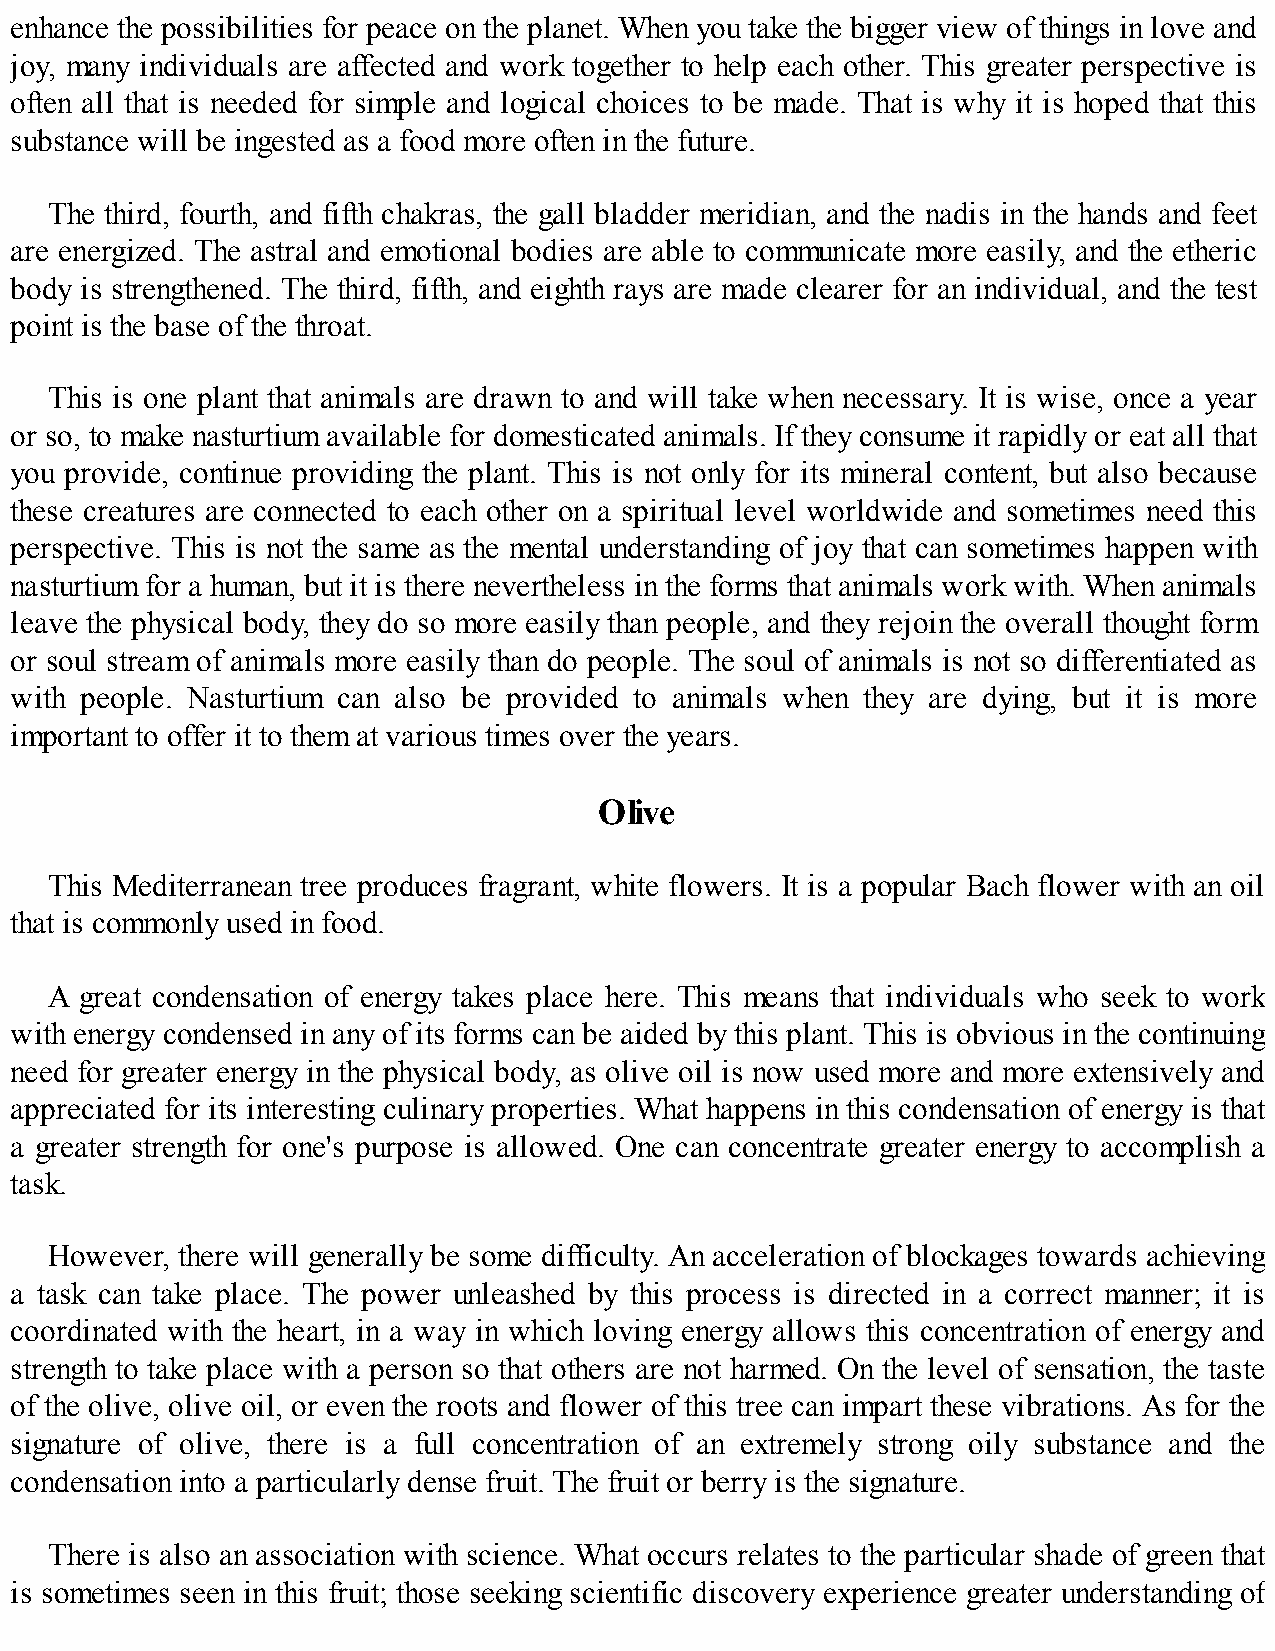
enhance the possibilities for peace on the planet. When you take the bigger view of things in love and
 joy, many individuals are affected and work together to help each other. This greater perspective is
 often all that is needed for simple and logical choices to be made. That is why it is hoped that this
 substance will be ingested as a food more often in the future.
 The third, fourth, and fifth chakras, the gall bladder meridian, and the nadis in the hands and feet
 are energized. The astral and emotional bodies are able to communicate more easily, and the etheric
 body is strengthened. The third, fifth, and eighth rays are made clearer for an individual, and the test
 point is the base of the throat.
 This is one plant that animals are drawn to and will take when necessary. It is wise, once a year
 or so, to make nasturtium available for domesticated animals. If they consume it rapidly or eat all that
 you provide, continue providing the plant. This is not only for its mineral content, but also because
 these creatures are connected to each other on a spiritual level worldwide and sometimes need this
 perspective. This is not the same as the mental understanding of joy that can sometimes happen with
 nasturtium for a human, but it is there nevertheless in the forms that animals work with. When animals
 leave the physical body, they do so more easily than people, and they rejoin the overall thought form
 or soul stream of animals more easily than do people. The soul of animals is not so differentiated as
 with people. Nasturtium can also be provided to animals when they are dying, but it is more
 important to offer it to them at various times over the years.
 Olive
 This Mediterranean tree produces fragrant, white flowers. It is a popular Bach flower with an oil
 that is commonly used in food.
 A great condensation of energy takes place here. This means that individuals who seek to work
 with energy condensed in any of its forms can be aided by this plant. This is obvious in the continuing
 need for greater energy in the physical body, as olive oil is now used more and more extensively and
 appreciated for its interesting culinary properties. What happens in this condensation of energy is that
 a greater strength for one's purpose is allowed. One can concentrate greater energy to accomplish a
 task.
 However, there will generally be some difficulty. An acceleration of blockages towards achieving
 a task can take place. The power unleashed by this process is directed in a correct manner; it is
 coordinated with the heart, in a way in which loving energy allows this concentration of energy and
 strength to take place with a person so that others are not harmed. On the level of sensation, the taste
 of the olive, olive oil, or even the roots and flower of this tree can impart these vibrations. As for the
 signature of olive, there is a full concentration of an extremely strong oily substance and the
 condensation into a particularly dense fruit. The fruit or berry is the signature.
 There is also an association with science. What occurs relates to the particular shade of green that
 is sometimes seen in this fruit; those seeking scientific discovery experience greater understanding of